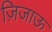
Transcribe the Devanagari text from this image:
ज़िजाऊ